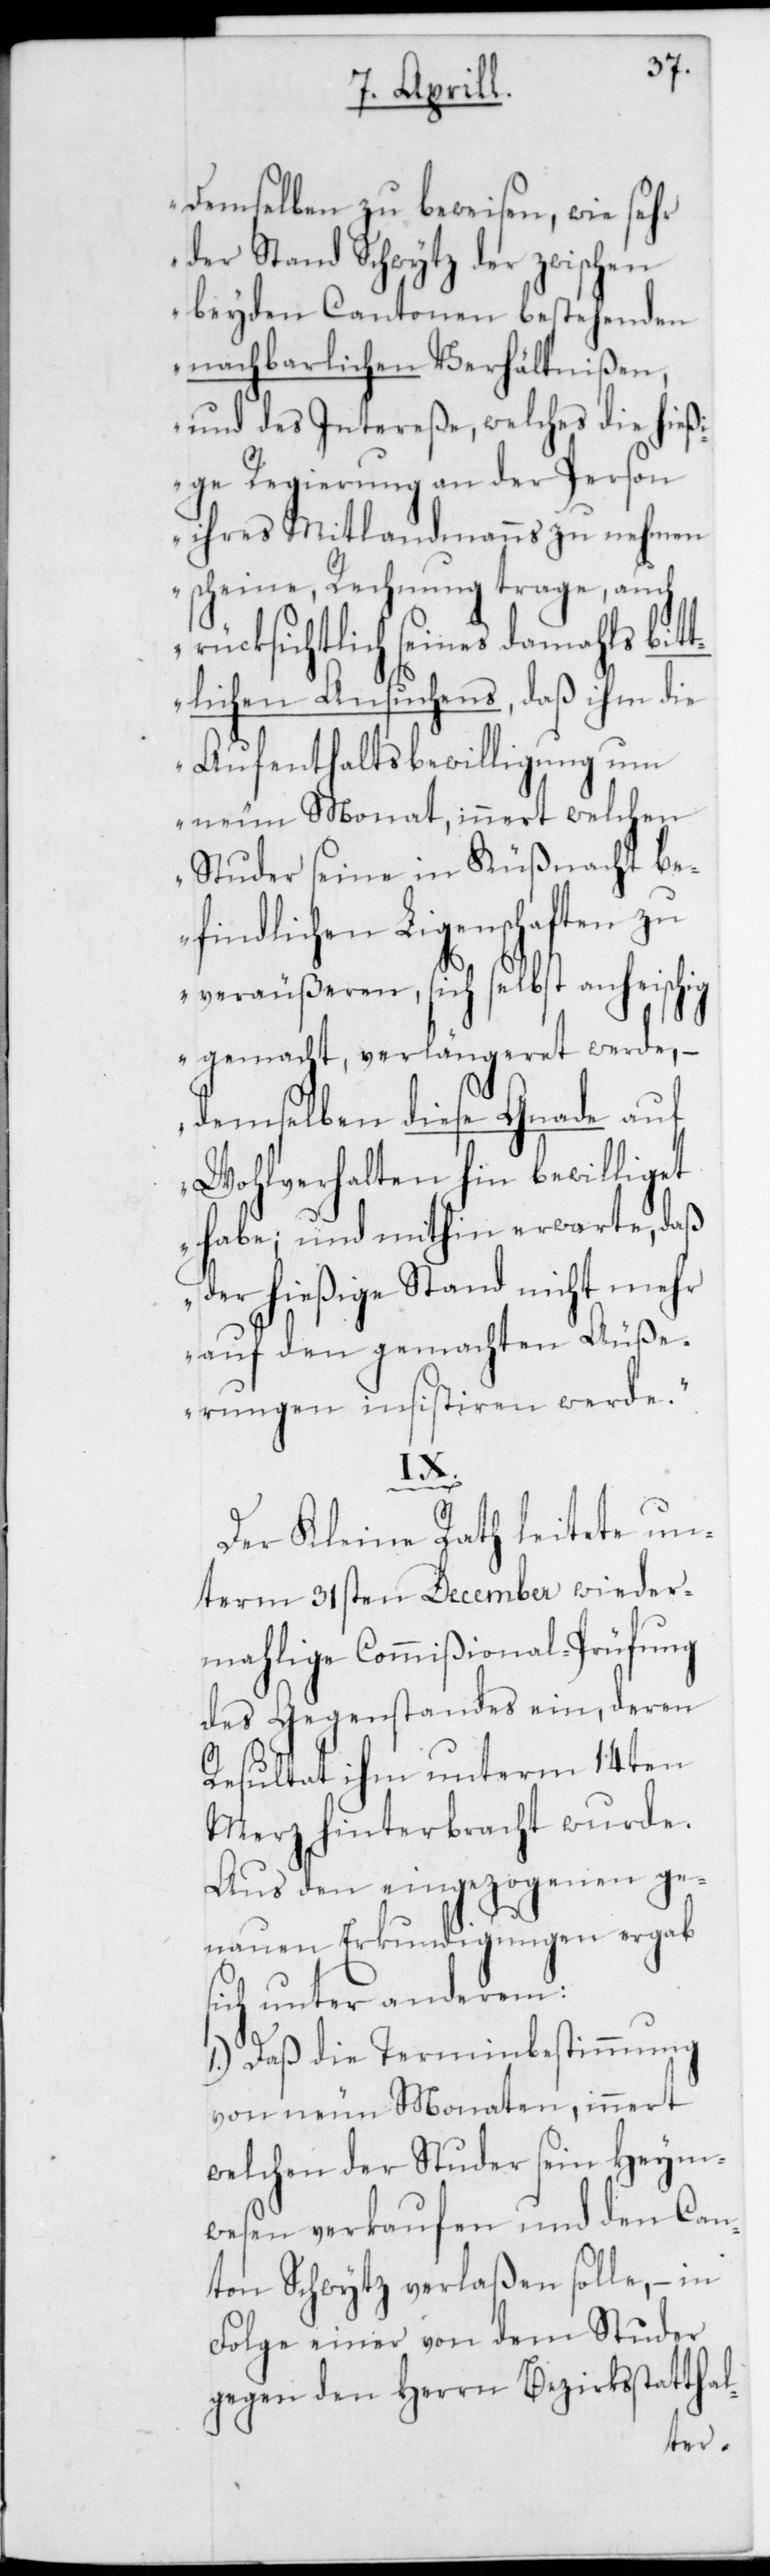
demselben zu beweisen, wie sehr
der Stand Schwytz der zwischen
beyden Cantonen bestehende
nachbarlichen Verhältnißen
und des Intereße, welches die hieß¬
ige Regierung an der Person
ihres Mitlandmanns zu nehmen
scheine, Rechnung trage, auch
rücksichtlich seines damahls bit¬
tlichen Ansuchens, daß ihm die
Aufenthaltsbewilligung um
neun Monat, innert welchen
Studer seine in Küßnacht be¬
findlichen Ligenschaften zu
veräußeren, sich selbst anheischig
gemacht, verlängeret werde, –
demselben diese Gnade auf
Wohlverhalten hin bewilliget
habe; und mithin erwarte, daß
der hiesige Stand nicht mehr
auf den gemachten Äuße¬
rungen insistieren werde“.
IX.
Der Kleine Rath leitete un¬
term 31sten December wieder¬
mahlige Commißional-Prüfung
des Gegenstandes ein, deren
Resultat ihm unterm 14ten
Merz hinterbracht wurde.
Aus den eingezogenen ge¬
nauen Erkundigungen ergab
sich unter anderem:
1.) Daß die Terminbestimmung
von neun Monaten, innert
welchen der Studer sein Heym¬
wesen verkaufen und den Can¬
ton Schwytz verlaßen solle, – in
Folge einer von dem Studer
gegen den Herrn Bezirksstatthal-